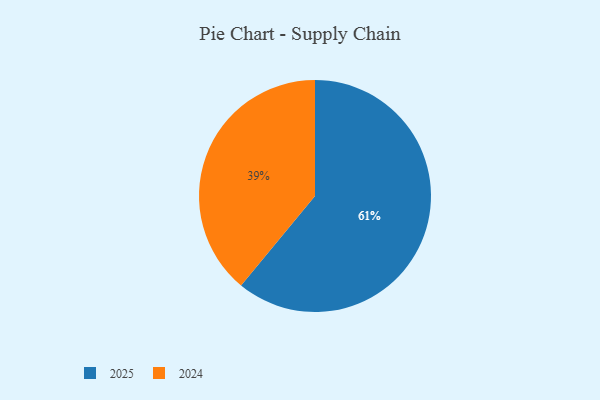
{"axis": {"x": "Category", "y": "Percentage"}, "legend": ["2024", "2025"], "data": [{"x": "2025", "y": 61, "type": "2025"}, {"x": "2024", "y": 39, "type": "2024"}]}